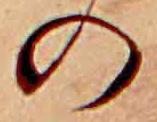
の